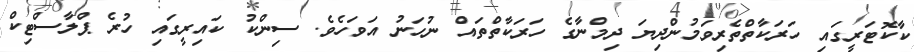
ކާކޮޓަރީގައި ހަރަކާތްތެރިވަމުންދިޔަ ދިމްނާގެ ހަރަކާތްތައް ނުހަނު އަވަހެވެ. ސިންކު ކައިރީގައި ހުރެ ޕްލާސްޓިކް